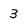
Character: 3